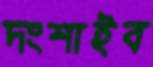
দংশাইব